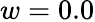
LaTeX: w=0.0